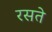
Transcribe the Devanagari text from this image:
रसते